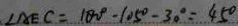
\angle A E C = 1 8 0 ^ { \circ } - 1 0 5 ^ { \circ } - 3 0 ^ { \circ } = 4 5 ^ { \circ }